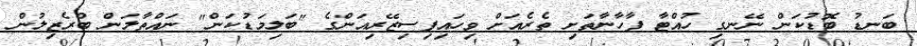
ބަނޑު ބޮޑުކަން ނޭނގި ހުއްޓާ ފާހާނާތަށި ތެރެއަށް ވިހައިފިސިޒޭރިއަންގެ "ބަލިމަޑުކަން" ނައްތާލަން ބްރެޒިލުން